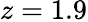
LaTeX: z=1.9